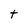
Character: T